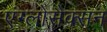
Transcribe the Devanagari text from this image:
एंग्लोसैक्सन